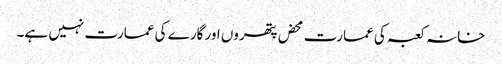
خانہ کعبہ کی عمارت محض پتھروں اور گارے کی عمارت نہیں ہے۔